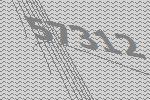
57312